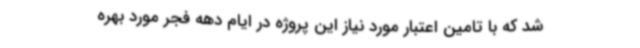
شد که با تامین اعتبار مورد نیاز این پروژه در ایام دهه فجر مورد بهره